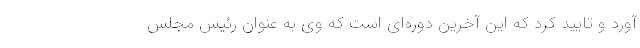
آورد و تایید کرد که این آخرین دوره‌ای است که وی به عنوان رئیس مجلس